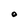
Character: O